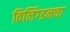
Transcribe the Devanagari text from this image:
विलिंग्डनचा